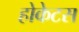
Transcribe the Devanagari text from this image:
होकेटस